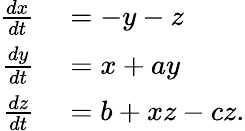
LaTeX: \begin{array}{rl}{\frac{dx}{dt}}&{{}=-y-z}\\ {\frac{dy}{dt}}&{{}=x+ay}\\ {\frac{dz}{dt}}&{{}=b+xz-cz.}\end{array}